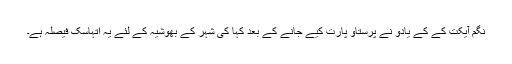
نگم آیکت کے کے یادو نے پرستاؤ پارت کیے جانے کے بعد کہا کی شہر کے بھوشیہ کے لئے یہ اتہاسک فیصلہ ہے۔